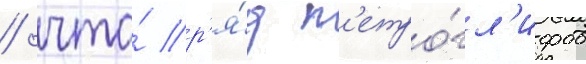
/ что́ р'я́д п'етро́гл'ифов